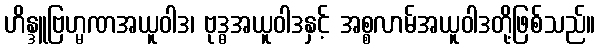
ဟိန္ဒူဗြဟ္မဏအယူဝါဒ၊ ဗုဒ္ဓအယူဝါဒနှင့် အစ္စလာမ်အယူဝါဒတို့ဖြစ်သည်။